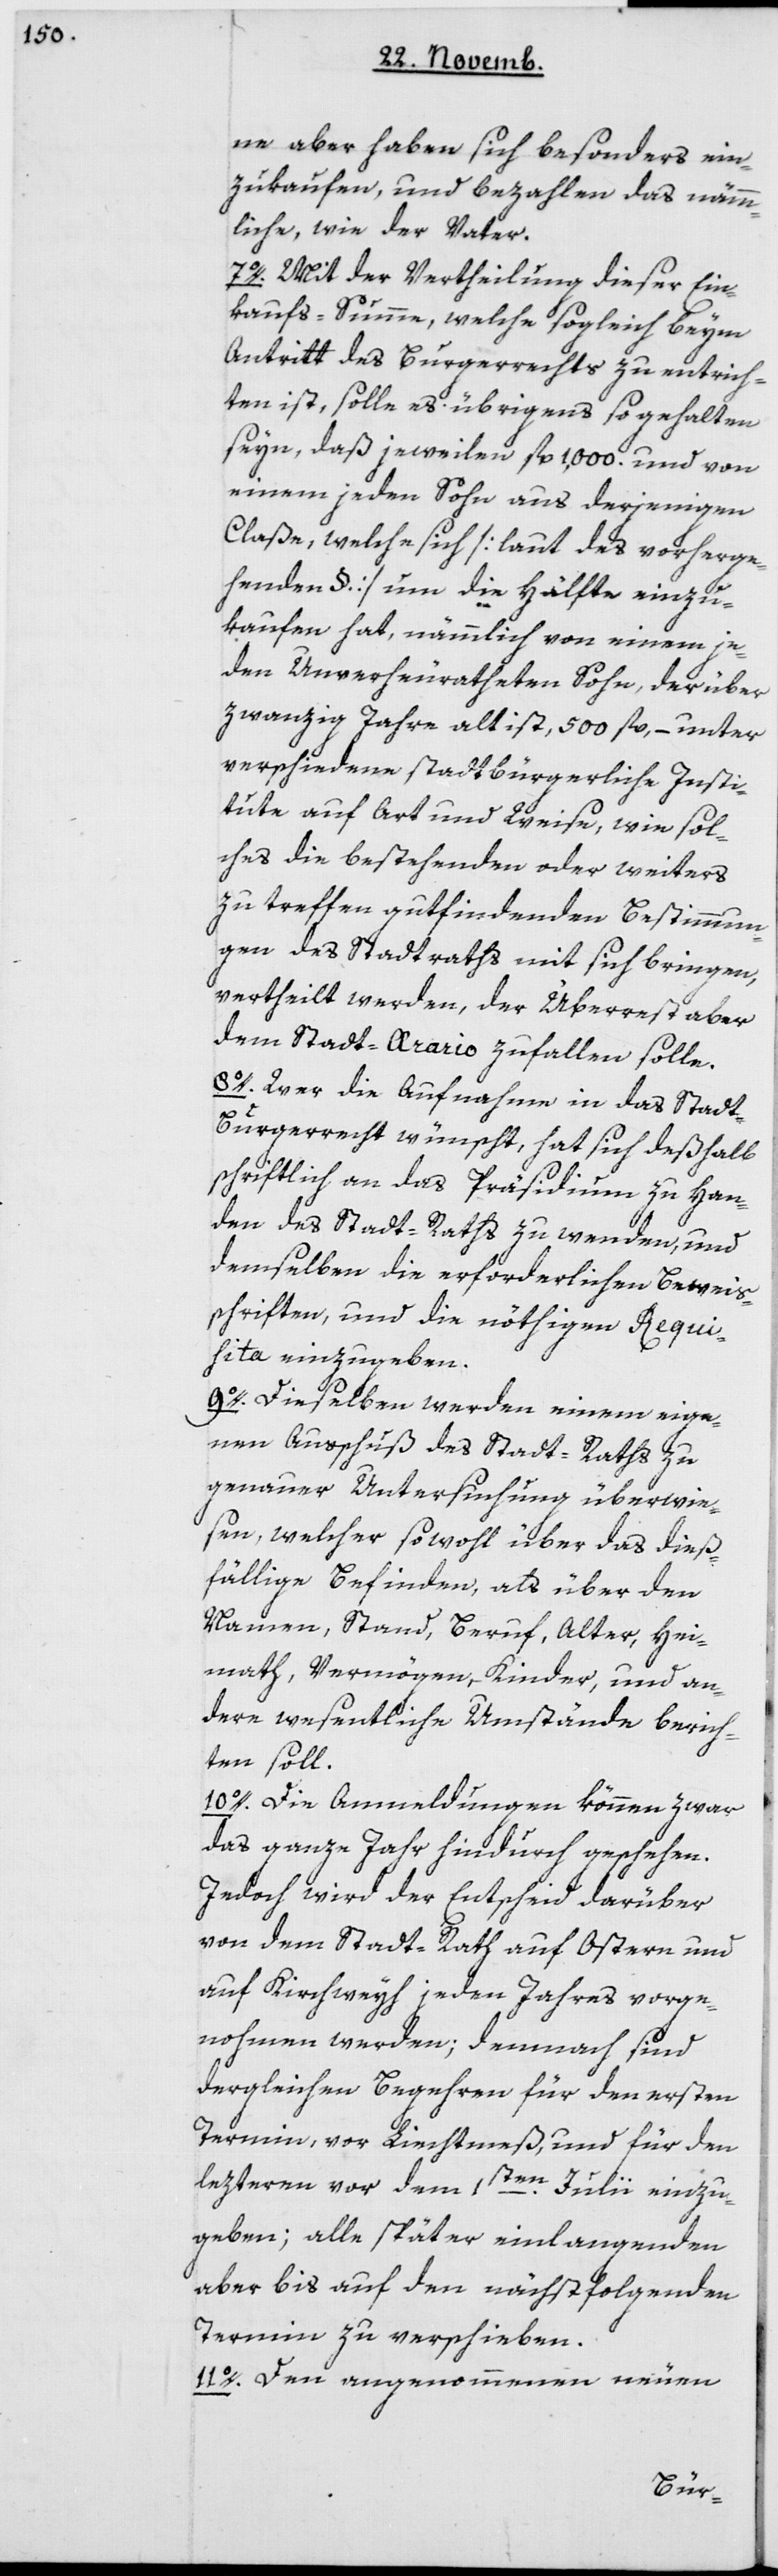
ne aber haben sich besonders ein¬
zukaufen, und bezahlen das nämm¬
liche wie der Vater.
7. Mit der Vertheilung dieser Ein¬
kaufs-Summe, welche sogleich beim
Antritt des Burgerrechts zu entrich¬
ten ist, solle es übrigens so gehalten
seyn, daß jeweilen 1'000 fl. und von
einem jeden Sohn aus derjenigen
Claße, welche sich [laut des vorherge¬
henden §] um die Hälfte einzu¬
kaufen hat, nämmlich von einem je¬
den unverheuratheten Sohn, der über
zwanzig Jahre alt ist, 500 fl. – unter
verschiedene stadtbürgerliche Insti¬
tute auf Art und Weise, wie sol¬
ches die bestehenden oder weiters
zu treffen gutfindenden Bestimmun¬
gen des Stadtraths mit sich bringen,
vertheilt werden, der Überrest aber
dem Stadt-Arario zufallen solle.
8. Wer die Aufnahme in das Stadt-B¬
urgerrecht wünscht, hat sich deshalb
schriftlich an das Präsidium zu Han¬
den des Stadt-Raths zu wenden, und
demselben die erforderlichen Beweis¬
schriften und die nöthigen Requi¬
sita einzugeben.
9. Dieselben werden einem eige¬
nen Ausschuß des Stadtraths zu
genauer Untersuchung überwie¬
sen, welcher sowohl über das dies¬
fällige Befinden, als über den
Namen, Stand, Beruf, Alter, Hei¬
math, Vermögen, Kinder und an¬
dere wesentliche Umstände berich¬
ten soll.
10. Die Anmeldungen können zwar
das ganze Jahr hindurch geschehen.
Jedoch wird der Entscheid darüber
von dem Stadtrath auf Ostern und
auf Kirchweih jeden Jahres vorge¬
nohmen werden; demnach sind
dergleichen Begehren für den ersten
Termin, vor Lichtmeß und für den
letztern vor dem 1ten Julii einzu¬
geben; alle später einlangenden
aber bis auf den nächstfolgenden
Termin zu verschieben.
11. Den angenommenen neuen